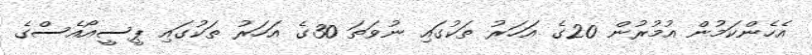
އެހެންކަމުން އުމުރުން 20ގެ އަހަރު ތަކުގައި ނުވަތަ 30ގެ އަހަރު ތަކުގައި ޕީސީއޯއެސްގެ